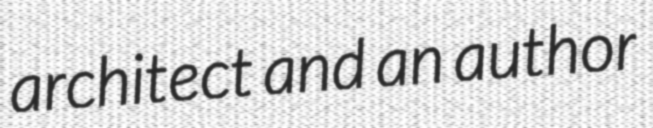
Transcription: architect and an author